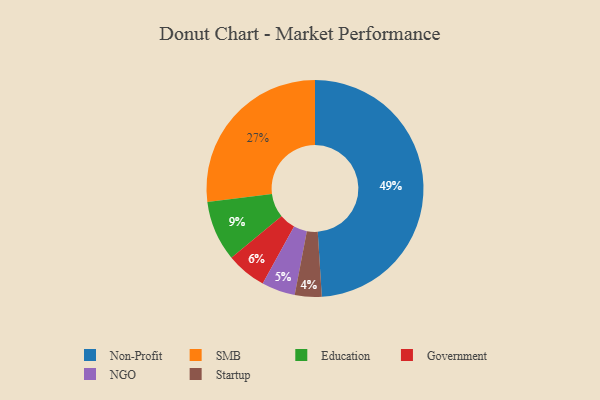
{"axis": {"x": "Category", "y": "Percentage"}, "legend": ["Education", "Government", "NGO", "Non-Profit", "SMB", "Startup"], "data": [{"x": "Startup", "y": 4, "type": "Startup"}, {"x": "Government", "y": 6, "type": "Government"}, {"x": "Education", "y": 9, "type": "Education"}, {"x": "SMB", "y": 27, "type": "SMB"}, {"x": "Non-Profit", "y": 49, "type": "Non-Profit"}, {"x": "NGO", "y": 5, "type": "NGO"}]}